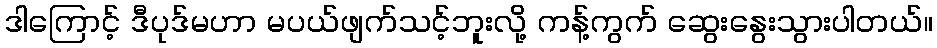
ဒါကြောင့် ဒီပုဒ်မဟာ မပယ်ဖျက်သင့်ဘူးလို့ ကန့်ကွက် ဆွေးနွေးသွားပါတယ်။